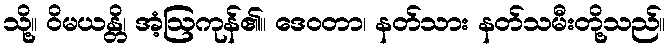
သို့။ ဝိမယန္တိ၊ အံ့ဩကုန်၏။ ဒေဝတာ၊ နတ်သား နတ်သမီးတို့သည်။